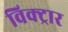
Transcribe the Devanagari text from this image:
विक्ट्रार